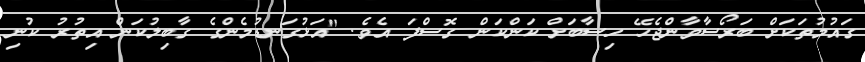
ގައުމުތަކަށް ބަރޯސާވާންޖެހޭ ހިސާބަށް ކަންކަން ގޮސްފަ އެވެ. "އަޅުގަނޑުމެންގެ ގާބިލުކަން އިތުރު ކުނި